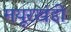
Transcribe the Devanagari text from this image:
मयूरखंडी